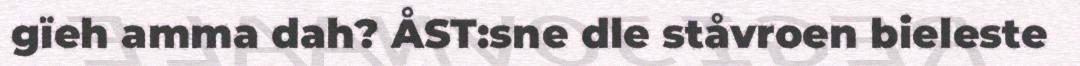
gïeh amma dah? ÅST:sne dle ståvroen bieleste